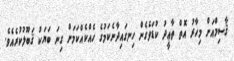
ޤާސިމްއަށް މިހާރު އޮތް ތާޢީދު ކުޑަވެގެން ހިނގައިދާނެކަމުގެ ހެއްކެއްކަމަށް ގިނަ ބަޔަކު ޤަބޫލުކުރެއެވެ.